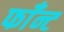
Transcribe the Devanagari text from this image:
फाँन्ट